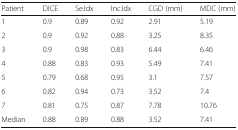
<table><thead><tr><td><b>Patient</b></td><td><b>DICE</b></td><td><b>Se.Idx</b></td><td><b>Inc.Idx</b></td><td><b>CGD (mm)</b></td><td><b>MDC (mm)</b></td></tr></thead><tbody><tr><td>1</td><td>0.9</td><td>0.89</td><td>0.92</td><td>2.91</td><td>5.19</td></tr><tr><td>2</td><td>0.9</td><td>0.92</td><td>0.88</td><td>3.25</td><td>8.35</td></tr><tr><td>3</td><td>0.9</td><td>0.98</td><td>0.83</td><td>6.44</td><td>6.46</td></tr><tr><td>4</td><td>0.88</td><td>0.83</td><td>0.93</td><td>5.49</td><td>7.41</td></tr><tr><td>5</td><td>0.79</td><td>0.68</td><td>0.95</td><td>3.1</td><td>7.57</td></tr><tr><td>6</td><td>0.82</td><td>0.94</td><td>0.73</td><td>3.52</td><td>7.4</td></tr><tr><td>7</td><td>0.81</td><td>0.75</td><td>0.87</td><td>7.78</td><td>10.76</td></tr><tr><td>Median</td><td>0.88</td><td>0.89</td><td>0.88</td><td>3.52</td><td>7.41</td></tr></tbody></table>